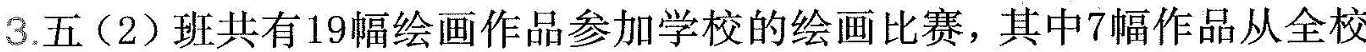
3.五(2)班共有19幅绘画作品参加学校的绘画比赛，其中7幅作品从全校